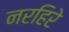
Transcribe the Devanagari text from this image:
नरहिरे